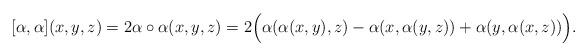
LaTeX: \begin{align*} ~[\alpha,\alpha](x,y,z)=2\alpha\circ\alpha(x,y,z)=2\Big(\alpha(\alpha(x,y),z)-\alpha(x,\alpha(y,z))+\alpha(y,\alpha(x,z))\Big).\end{align*}